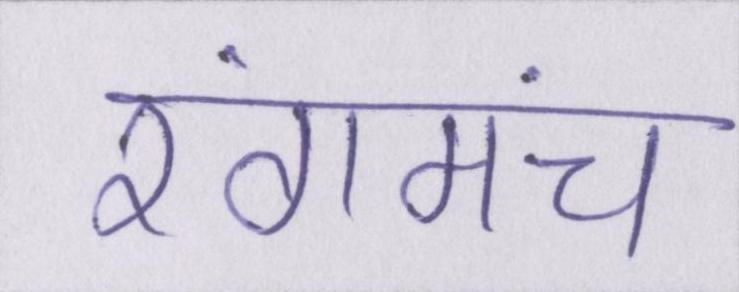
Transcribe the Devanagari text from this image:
रंगमंच